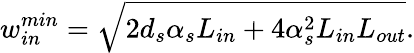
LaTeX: w_{in}^{min}=\sqrt{2d_{s}\alpha_{s}L_{in}+4\alpha_{s}^{2}L_{in}L_{out}}.